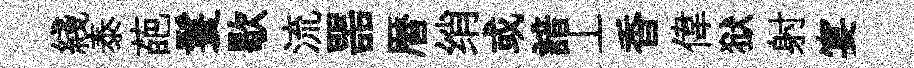
綫泰葩鬟歇流噐暦绡或諳丄香偉狱射宴